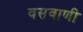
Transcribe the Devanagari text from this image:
वसवाणी